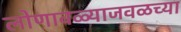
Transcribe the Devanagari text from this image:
लोणावळ्याजवळच्या